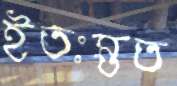
ইতঃস্তত